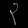
Digit: ၃